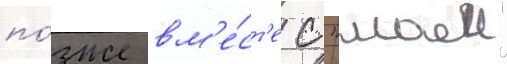
по́зже вм'е́ст'е с "маеи"